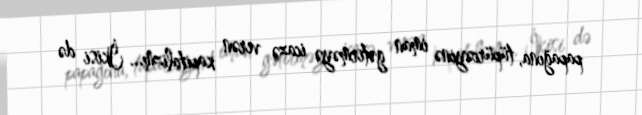
papağına, tüpürcəyinə iman gətirməyə icazə verən kapitalizm... İkisi də